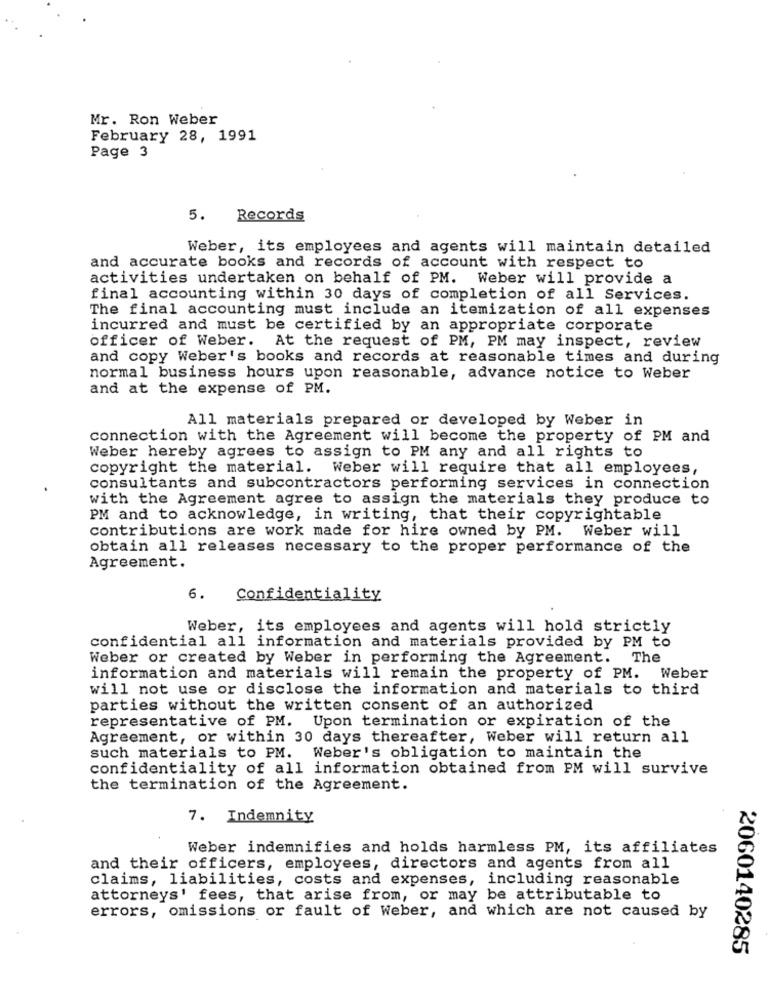
Mr. Ron Weber
February 28, 1991
Page 3
5.
Records
Weber, its employees and agents will maintain detailed
and accurate books and records of account with respect to
activities undertaken on behalf of PM. Weber will provide a
final accounting within 30 days of completion of all Services.
The final accounting must include an itemization of all expenses
incurred and must be certified by an appropriate corporate
officer of Weber. At the request of PM, PM may inspect, review
and copy Weber's books and records at reasonable times and during
normal business hours upon reasonable, advance notice to Weber
and at the expense of PM.
All materials prepared or developed by Weber in
connection with the Agreement will become the property of PM and
Weber hereby agrees to assign to PM any and all rights to
copyright the material. Weber will require that all employees,
consultants and subcontractors performing services in connection
with the Agreement agree to assign the materials they produce to
PM and to acknowledge, in writing, that their copyrightable
contributions are work made for hire owned by PM. Weber will
obtain all releases necessary to the proper performance of the
Agreement.
6.
Confidentiality
Weber, its employees and agents will hold strictly
confidential all information and materials provided by PM to
Weber or created by Weber in performing the Agreement. The
information and materials will remain the property of PM. Weber
will not use or disclose the information and materials to third
parties without the written consent of an authorized
representative of PM. Upon termination or expiration of the
Agreement, or within 30 days thereafter, Weber will return all
such materials to PM. Weber's obligation to maintain the
confidentiality of all information obtained from PM will survive
the termination of the Agreement.
7. Indemnity
Weber indemnifies and holds harmless PM, its affiliates
and their officers, employees, directors and agents from all
claims, liabilities, costs and expenses, including reasonable
attorneys' fees, that arise from, or may be attributable to
errors, omissions or fault of Weber, and which are not caused by
2060140285